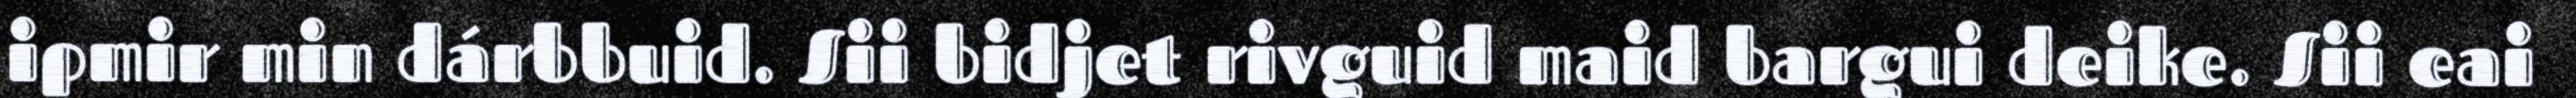
ipmir min dárbbuid. Sii bidjet rivguid maid bargui deike. Sii eai